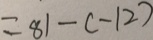
= 8 1 - ( - 1 2 )